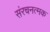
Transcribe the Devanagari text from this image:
संरचनत्मक